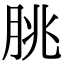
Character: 脁